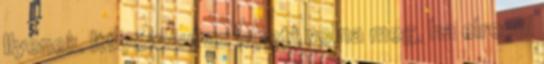
Ilyenek. Itt például az lepett volna meg, ha elrepül